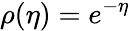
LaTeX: \rho(\eta)=e^{-\eta}